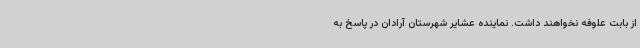
از بابت علوفه نخواهند داشت. نماینده عشایر شهرستان آرادان در پاسخ به